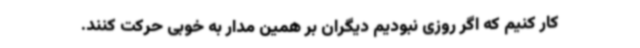
کار کنیم که اگر روزی نبودیم دیگران بر همین مدار به خوبی حرکت کنند.